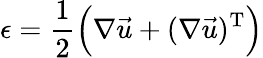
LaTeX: \epsilon=\frac{1}{2}\Big(\nabla\vec{u}+(\nabla\vec{u})^{\mathrm{T}}\Big)